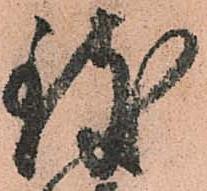
致